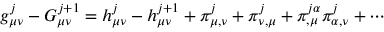
g _ { \mu \nu } ^ { j } - G _ { \mu \nu } ^ { j + 1 } = h _ { \mu \nu } ^ { j } - h _ { \mu \nu } ^ { j + 1 } + \pi _ { \mu , \nu } ^ { j } + \pi _ { \nu , \mu } ^ { j } + \pi _ { , \mu } ^ { j \alpha } \pi _ { \alpha , \nu } ^ { j } + \cdots